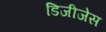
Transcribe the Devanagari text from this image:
डिजीजेस